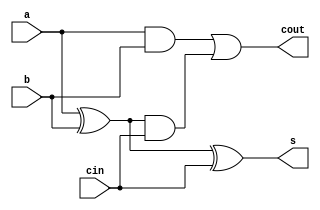
module full_adder(
	input a,
	input b,
	input cin,
	output s,
	output cout
);

assign s = a ^ b ^ cin;
assign cout = a & b | (a ^ b) & cin; 

endmodule